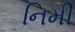
નિમી